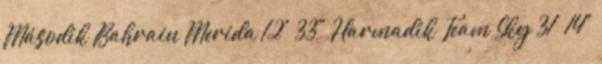
Második Bahrain–Merida 12' 33" Harmadik Team Sky 31' 14"